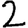
Digit: 2